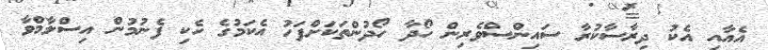
އެއާއި އެކު ދިރާސާކުރާ ސައިންސްވެރިން ހޯދާ ހޯދުންތަކަށްފަހު އެކަމުގެ ހެކި ފެނުމުން އިސްލާމްވާ